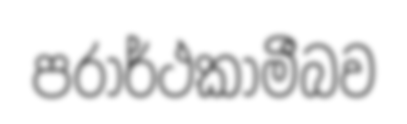
පරාර්ථකාමීබව